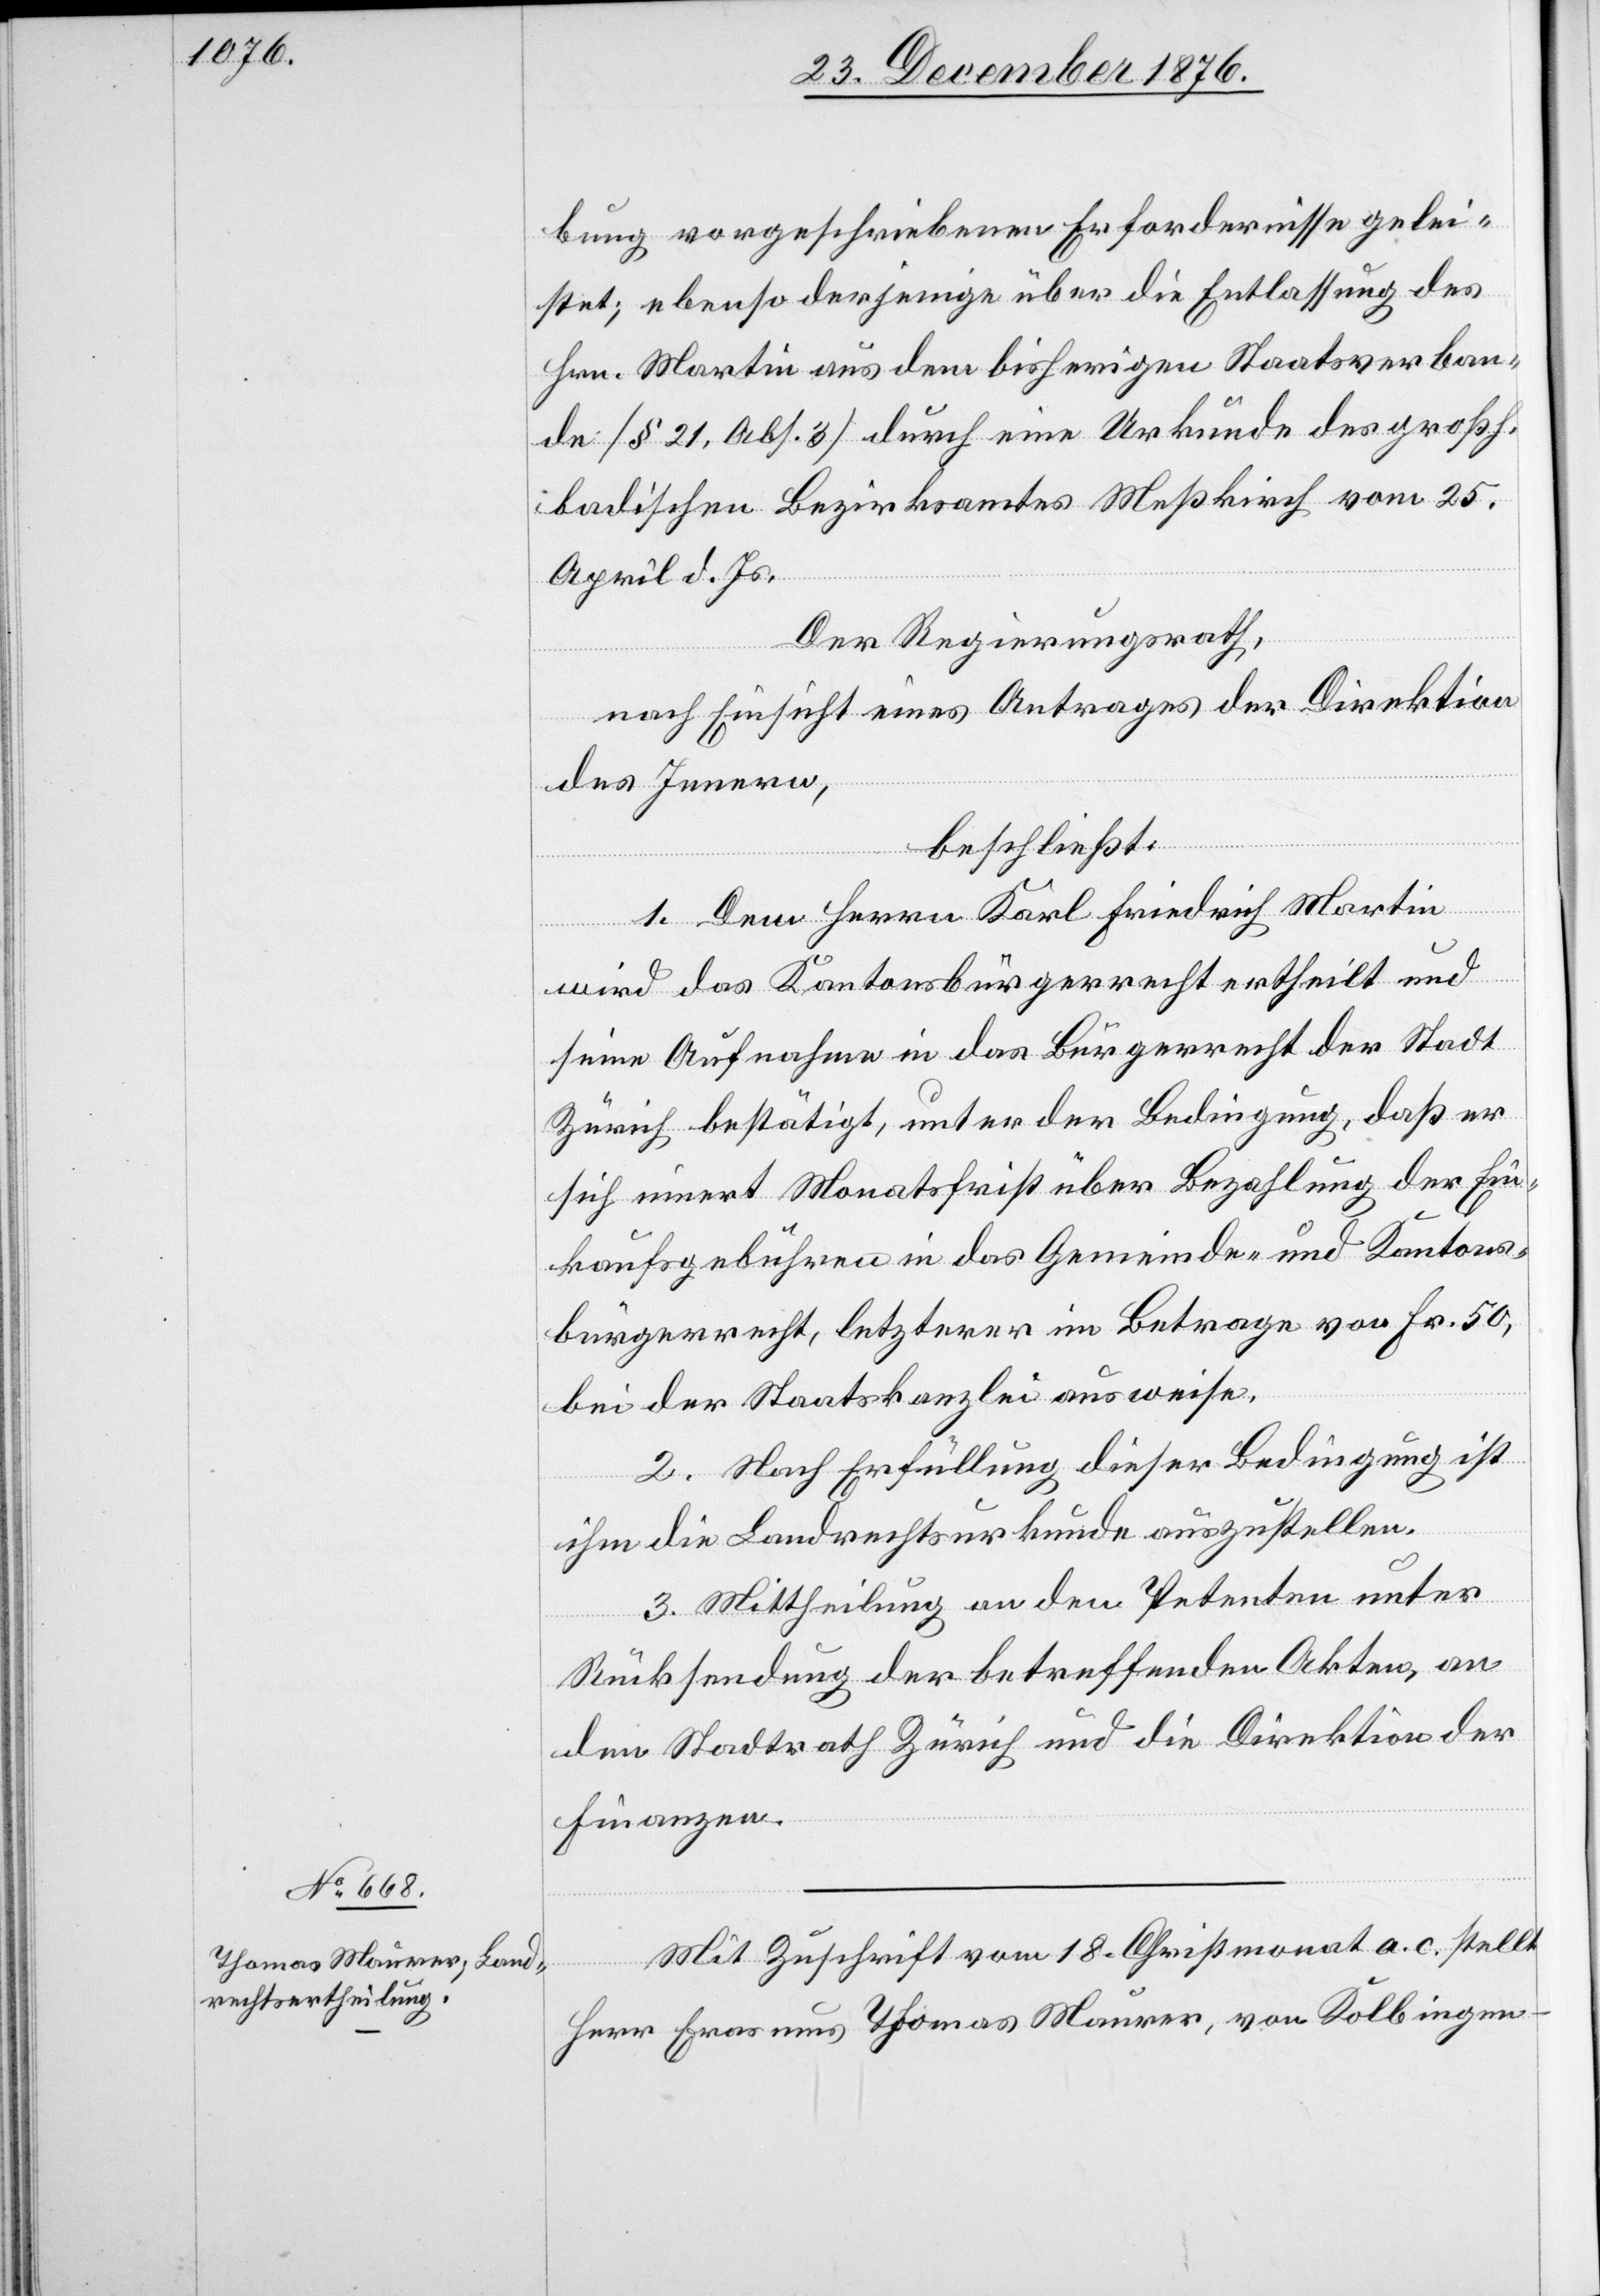
Mit Zuschrift vom 18. Christmonat a. c. stellt
Herr Erasmus Thomas Maurer, von Kolbingen